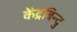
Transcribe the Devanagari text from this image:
केंद्रबिन्दु